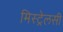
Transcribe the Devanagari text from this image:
मिस्ट्रेलसी